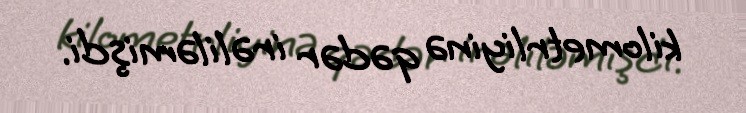
kilometrliyinə qədər irəliləmişdi.